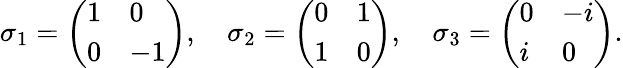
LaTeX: \sigma_{1}=\left(\begin{array}{ll}{{1}}&{{0}}\\ {{0}}&{{-1}}\end{array}\right),\quad\sigma_{2}=\left(\begin{array}{ll}{{0}}&{{1}}\\ {{1}}&{{0}}\end{array}\right),\quad\sigma_{3}=\left(\begin{array}{ll}{{0}}&{{-i}}\\ {{i}}&{{0}}\end{array}\right).